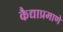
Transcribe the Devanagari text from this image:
कैद्याप्रमाणे